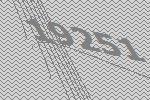
19251